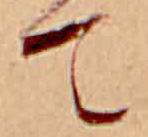
て